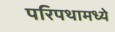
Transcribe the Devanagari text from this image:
परिपथामध्ये